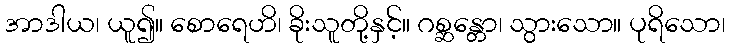
အာဒါယ၊ ယူ၍။ စောရေဟိ၊ ခိုးသူတို့နှင့်။ ဂစ္ဆန္တော၊ သွားသော။ ပုရိသော၊